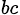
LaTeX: _{bc}